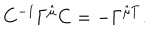
LaTeX: C ^ { - 1 } \Gamma ^ { \hat { \mu } } C = - \Gamma ^ { \hat { \mu } T } .